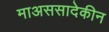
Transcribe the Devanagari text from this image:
माअससादेकीन